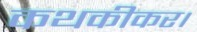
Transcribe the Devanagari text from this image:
कथकीकर।